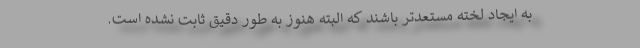
به ایجاد لخته مستعدتر باشند که البته هنوز به طور دقیق ثابت نشده است.